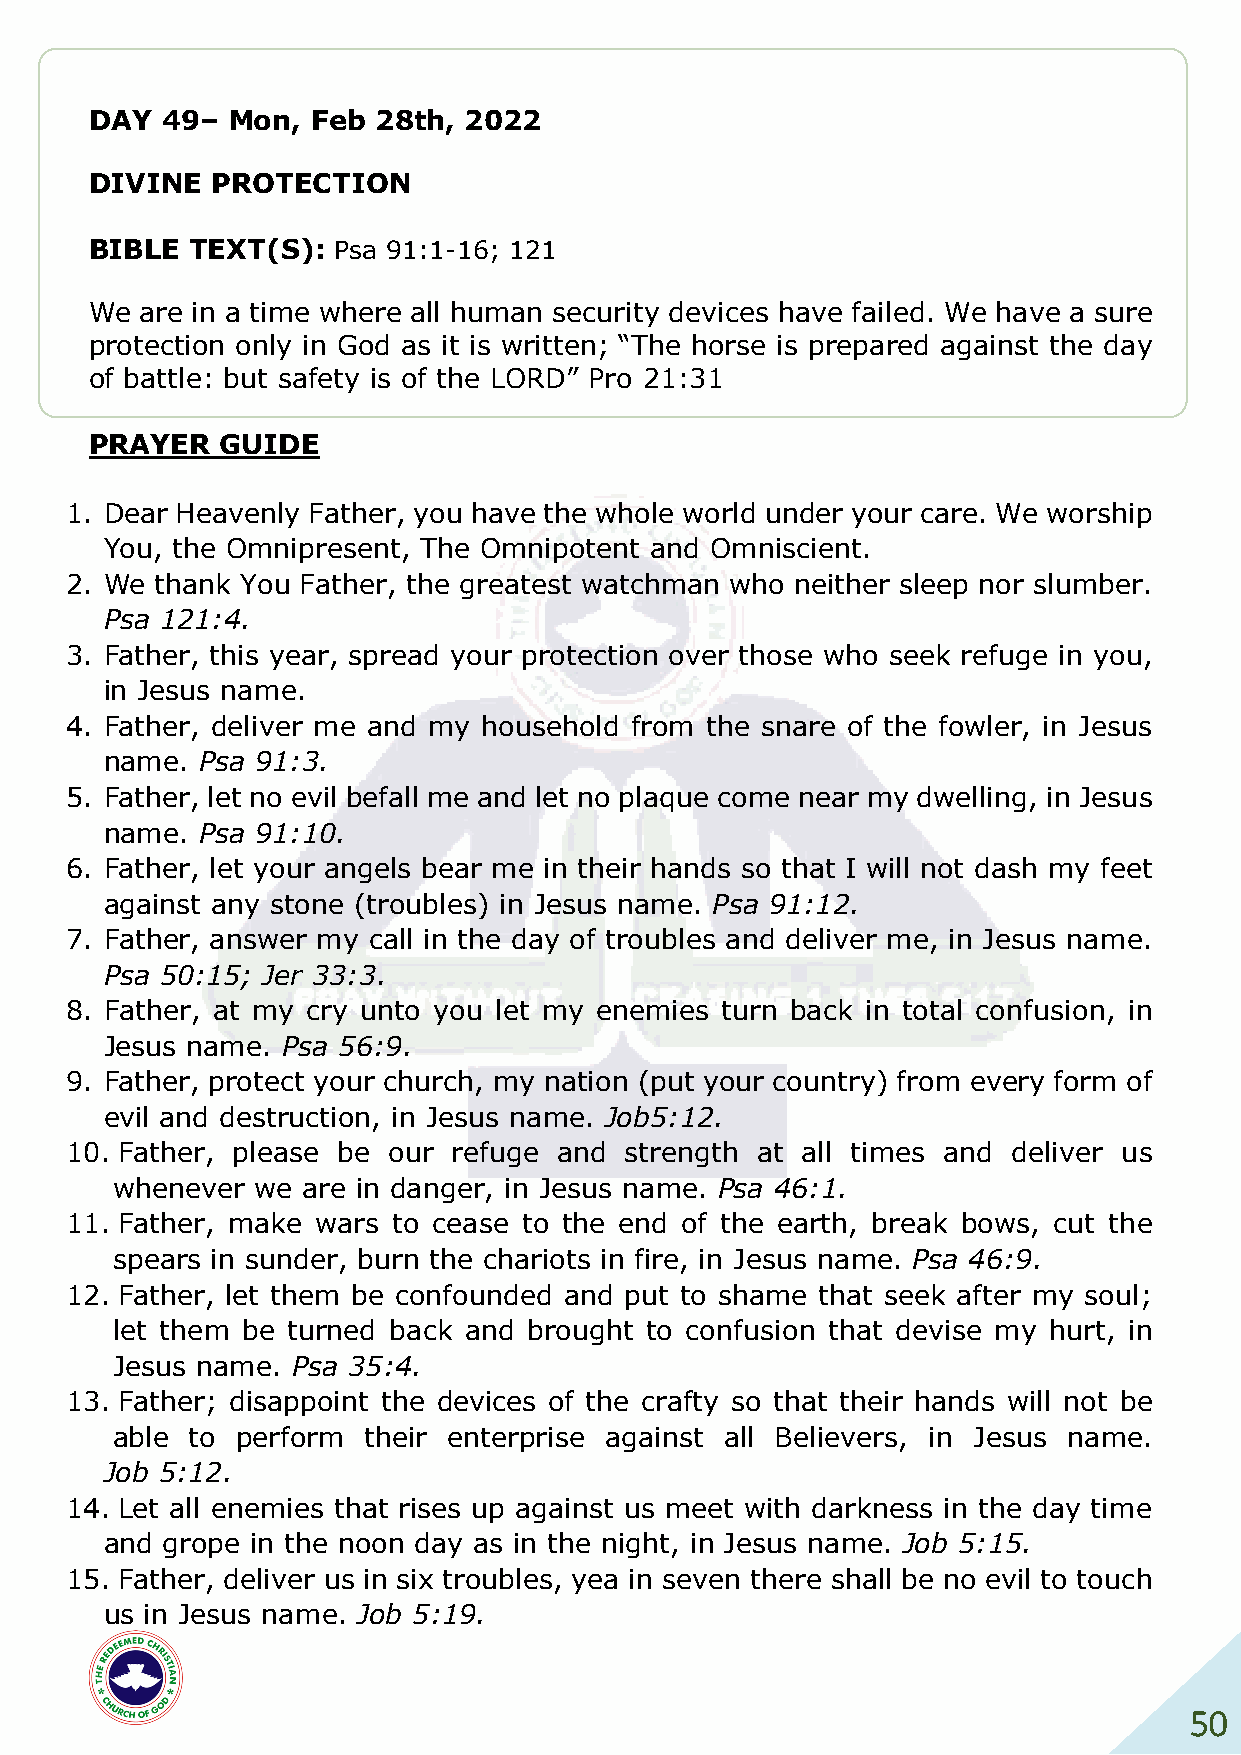
DAY  49– Mon,  Feb 28th, 2022
 DIVINE  PROTECTION
 BIBLE  TEXT(S): Psa 91:1-16; 121
 We are in a time where all human security devices have failed. We have a sure
 protection only in God as it is written; “The horse is prepared against the day
 of battle: but safety is of the LORD” Pro 21:31
 PRAYER   GUIDE
 1. Dear Heavenly Father, you have the whole world under your care. We worship
 You, the Omnipresent, The Omnipotent and Omniscient.
 2. We thank You Father, the greatest watchman who neither sleep nor slumber.
 Psa 121:4.
 3. Father, this year, spread your protection over those who seek refuge in you,
 in Jesus name.
 4. Father, deliver me and my household from the snare of the fowler, in Jesus
 name. Psa 91:3.
 5. Father, let no evil befall me and let no plaque come near my dwelling, in Jesus
 name. Psa 91:10.
 6. Father, let your angels bear me in their hands so that I will not dash my feet
 against any stone (troubles) in Jesus name. Psa 91:12.
 7. Father, answer my call in the day of troubles and deliver me, in Jesus name.
 Psa 50:15; Jer 33:3.
 8. Father, at my cry unto you let my enemies turn back in total confusion, in
 Jesus name. Psa 56:9.
 9. Father, protect your church, my nation (put your country) from every form of
 evil and destruction, in Jesus name. Job5:12.
 10. Father, please be our refuge and strength at all times and deliver us
 whenever  we are in danger, in Jesus name. Psa 46:1.
 11. Father, make wars to cease to the end of the earth, break bows, cut the
 spears in sunder, burn the chariots in fire, in Jesus name. Psa 46:9.
 12. Father, let them be confounded and put to shame that seek after my soul;
 let them be turned back and brought to confusion that devise my hurt, in
 Jesus name. Psa 35:4.
 13. Father; disappoint the devices of the crafty so that their hands will not be
 able  to perform their enterprise against all Believers, in Jesus name.
 Job 5:12.
 14. Let all enemies that rises up against us meet with darkness in the day time
 and grope in the noon day as in the night, in Jesus name. Job 5:15.
 15. Father, deliver us in six troubles, yea in seven there shall be no evil to touch
 us in Jesus name. Job 5:19.
 50